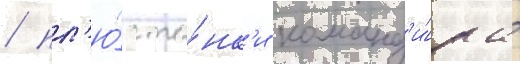
/ пл'ю́с та́нк'и команд'и́ра